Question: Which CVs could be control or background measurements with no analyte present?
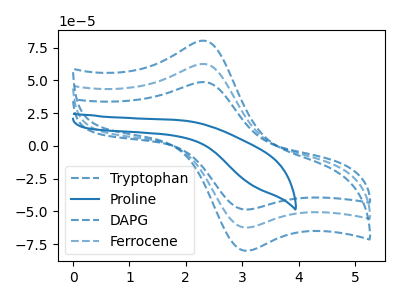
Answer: <think>The blue dashed curve "Tryptophan" has an anodic peak at (2.30V, 125.10uA) and a cathodic peak at (3.05V, -124.55uA). The blue curve "Proline" has no peaks. The blue dashed curve "DAPG" has an anodic peak at (2.30V, 48.70uA) and a cathodic peak at (3.05V, -48.50uA). The blue dashed curve "Ferrocene" has an anodic peak at (2.30V, 62.55uA) and a cathodic peak at (3.05V, -62.30uA).</think>
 <answer>"Proline" is likely to be a blank.</answer>
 <eval>Proline</eval>